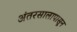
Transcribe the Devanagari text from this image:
अंतरसालापासून